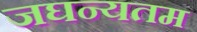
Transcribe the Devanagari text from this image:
जघन्यतम